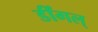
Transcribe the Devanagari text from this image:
डींगल्